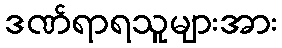
ဒဏ်ရာရသူများအား